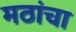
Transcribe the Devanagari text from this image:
मठांचा